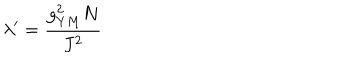
\lambda ^ { \prime } = \frac { g _ { Y M } ^ { 2 } N } { J ^ { 2 } }